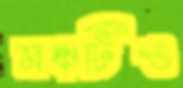
মঞ্চটিও